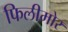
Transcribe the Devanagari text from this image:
फिलीमोर